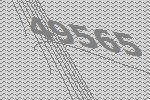
49565